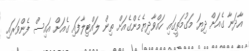
އާދަނާ ގެއަށް ދިޔަ މަގުމަތީގައި ހައްވާދިޔެމެންގެއަށް ތިން ލައްޓިލާފައި ގެއަށް އައިސް ފެންވަރައި